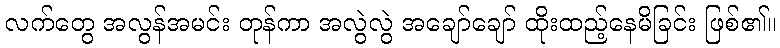
လက်တွေ အလွန်အမင်း တုန်ကာ အလွဲလွဲ အချော်ချော် ထိုးထည့်နေမိခြင်း ဖြစ်၏။